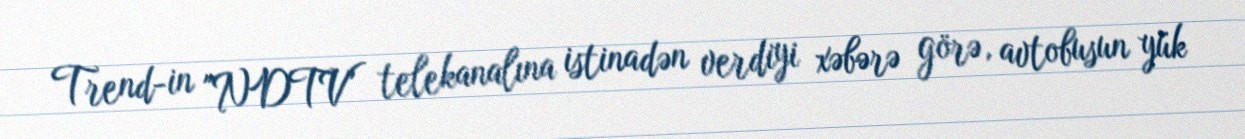
Trend-in "NDTV" telekanalına istinadən verdiyi xəbərə görə, avtobusun yük